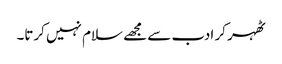
ٹھہر کر ادب سے مجھے سلام نہیں کرتا۔